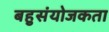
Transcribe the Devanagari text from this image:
बहुसंयोजकता